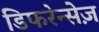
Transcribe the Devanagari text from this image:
डिफरेन्सेज़